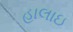
હાલાઇ